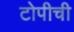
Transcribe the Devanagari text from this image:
टोपीची